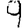
Digit: 9